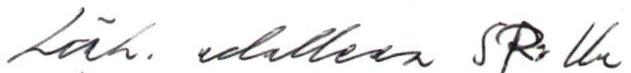
Läh. edelleen SR:lle